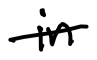
Text: in
Cross-out: single-line
Writing tool: digital_black